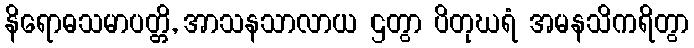
နိရောဓသမာပတ္တိ, အာသနသာလာယ ဌတွာ ပိတုဃရံ အမနသိကရိတွာ